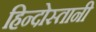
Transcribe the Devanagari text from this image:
हिन्दोस्तानी